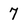
Character: 7